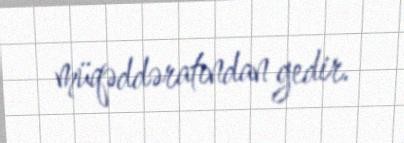
müqəddəratından gedir.